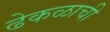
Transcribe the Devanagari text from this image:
ढेकळाची